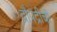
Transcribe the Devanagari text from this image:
द्रौपद्रीची